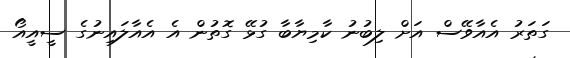
ގަތަރު އެއާވޭސް އަށް ލިބުނު ކާމިޔާބާ ގުޅޭ ގޮތުން އެ އެއާލައިނުގެ ސީއީއޯ